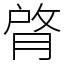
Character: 䏿